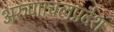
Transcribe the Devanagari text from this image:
अरुणाचलप्रदेश